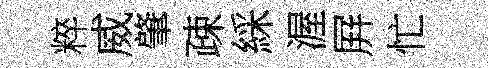
粹威肇疎綵渥屛忙